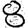
Digit: 8